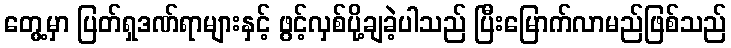
တွေ့မှာ ပြတ်ရှဒဏ်ရာများနှင့် ဖွင့်လှစ်ပို့ချခဲ့ပါသည် ပြီးမြောက်လာမည်ဖြစ်သည်